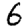
Digit: 6